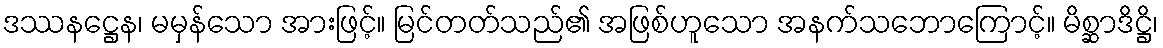
ဒဿနဋ္ဌေန၊ မမှန်သော အားဖြင့်။ မြင်တတ်သည်၏ အဖြစ်ဟူသော အနက်သဘောကြောင့်။ မိစ္ဆာဒိဋ္ဌိ၊